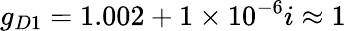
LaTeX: g_{D1}=1.002+1\times 10^{-6}i\approx 1